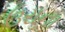
ઉરાના